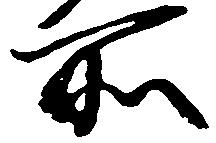
所